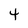
Character: 4